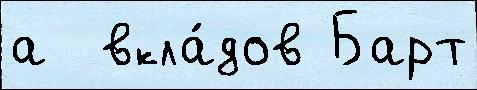
а  вкла́дов Барт